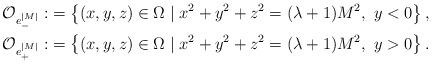
LaTeX: \begin{align*}\mathcal{O}_{e^{|M|}_{-}}:&=\left\{(x,y,z)\in\Omega \mid x^2 + y^2 + z^2 = (\lambda +1) M^2, ~ y<0 \right\},\\\mathcal{O}_{e^{|M|}_{+}}:&=\left\{(x,y,z)\in\Omega \mid x^2 + y^2 + z^2 = (\lambda +1) M^2, ~ y>0 \right\}.\end{align*}